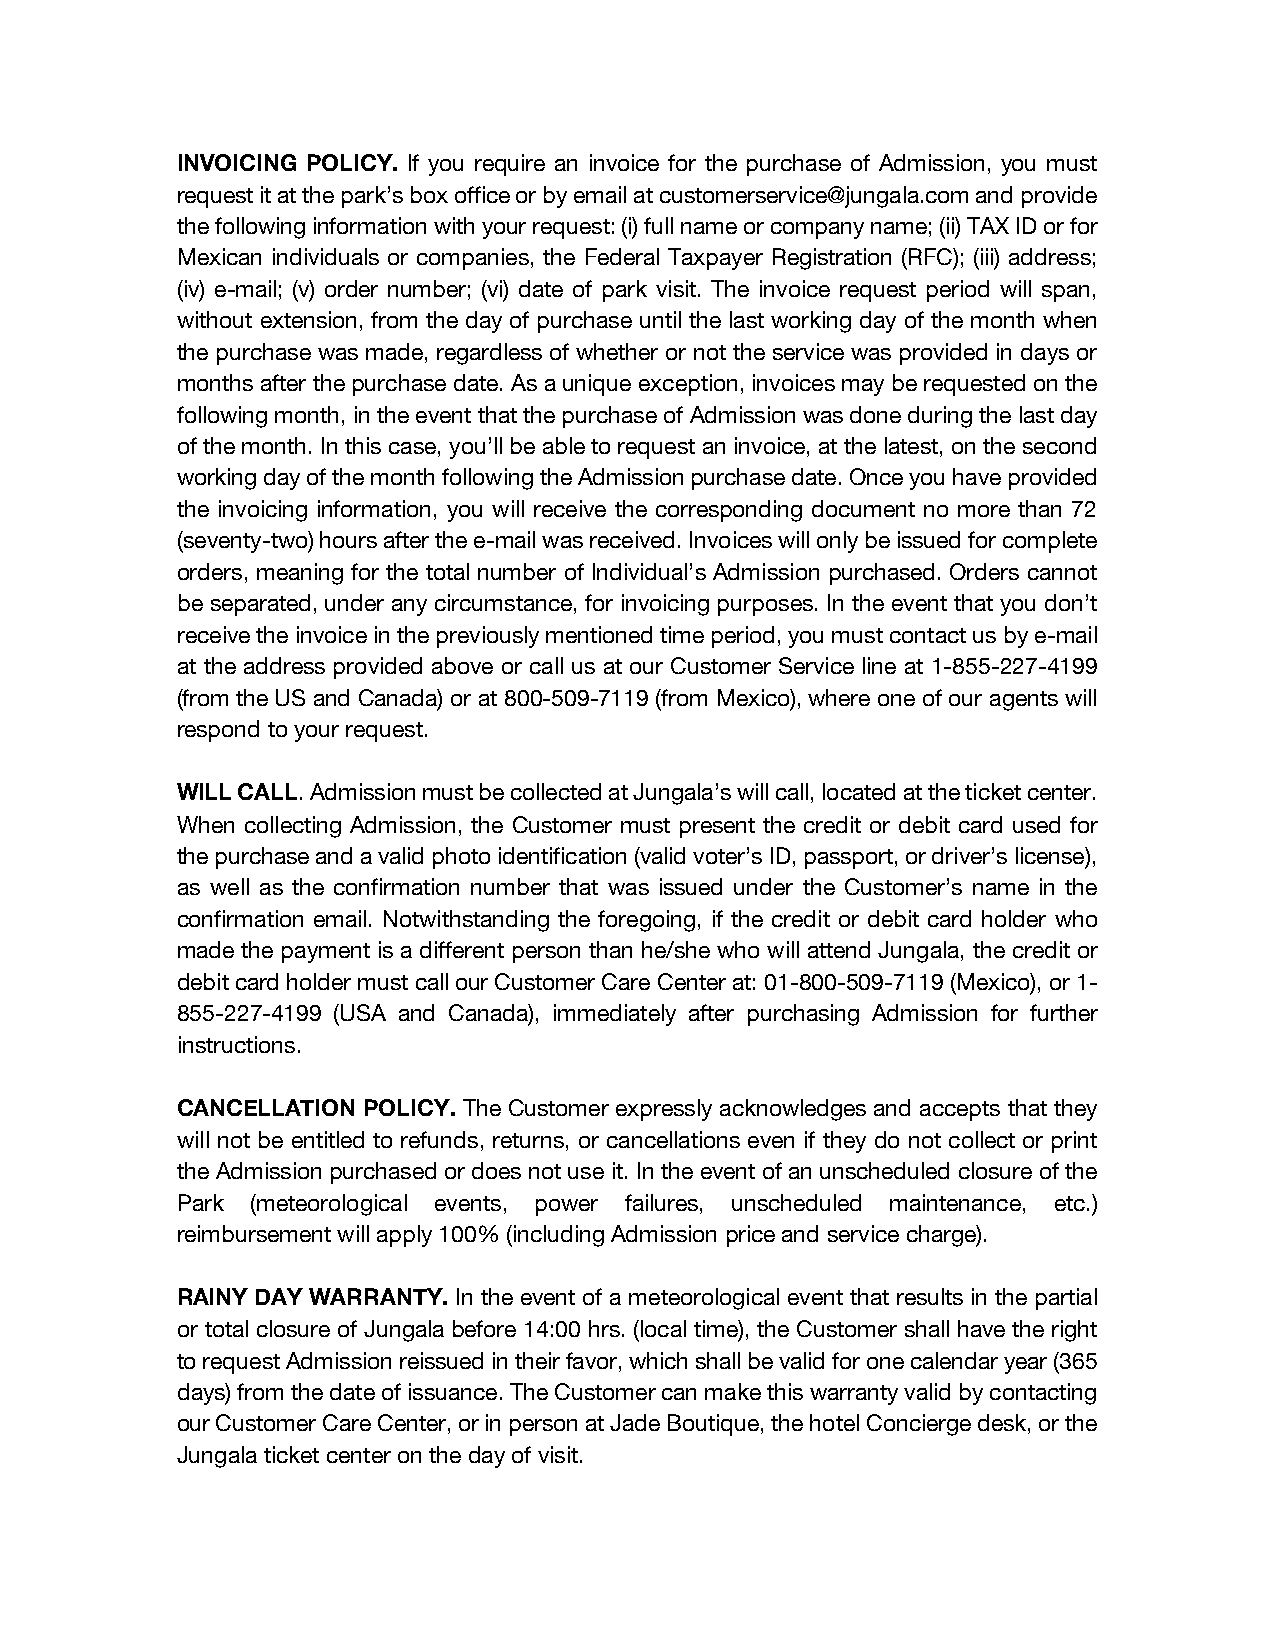
INVOICING POLICY. If you require an invoice for the purchase of Admission, you must
 request it at the park’s box office or by email at customerservice@jungala.com and provide
 the following information with your request: (i) full name or company name; (ii) TAX ID or for
 Mexican individuals or companies, the Federal Taxpayer Registration (RFC); (iii) address;
 (iv) e-mail; (v) order number; (vi) date of park visit. The invoice request period will span,
 without extension, from the day of purchase until the last working day of the month when
 the purchase was made, regardless of whether or not the service was provided in days or
 months after the purchase date. As a unique exception, invoices may be requested on the
 following month, in the event that the purchase of Admission was done during the last day
 of the month. In this case, you’ll be able to request an invoice, at the latest, on the second
 working day of the month following the Admission purchase date. Once you have provided
 the invoicing information, you will receive the corresponding document no more than 72
 (seventy-two) hours after the e-mail was received. Invoices will only be issued for complete
 orders, meaning for the total number of Individual’s Admission purchased. Orders cannot
 be separated, under any circumstance, for invoicing purposes. In the event that you don’t
 receive the invoice in the previously mentioned time period, you must contact us by e-mail
 at the address provided above or call us at our Customer Service line at 1-855-227-4199
 (from the US and Canada) or at 800-509-7119 (from Mexico), where one of our agents will
 respond to your request.
 WILL CALL. Admission must be collected at Jungala’s will call, located at the ticket center.
 When collecting Admission, the Customer must present the credit or debit card used for
 the purchase and a valid photo identification (valid voter’s ID, passport, or driver’s license),
 as well as the confirmation number that was issued under the Customer’s name in the
 confirmation email. Notwithstanding the foregoing, if the credit or debit card holder who
 made the payment is a different person than he/she who will attend Jungala, the credit or
 debit card holder must call our Customer Care Center at: 01-800-509-7119 (Mexico), or 1-
 855-227-4199 (USA and Canada), immediately after purchasing Admission for further
 instructions.
 CANCELLATION POLICY. The Customer expressly acknowledges and accepts that they
 will not be entitled to refunds, returns, or cancellations even if they do not collect or print
 the Admission purchased or does not use it. In the event of an unscheduled closure of the
 Park (meteorological events, power failures, unscheduled maintenance, etc.)
 reimbursement will apply 100% (including Admission price and service charge).
 RAINY DAY WARRANTY. In the event of a meteorological event that results in the partial
 or total closure of Jungala before 14:00 hrs. (local time), the Customer shall have the right
 to request Admission reissued in their favor, which shall be valid for one calendar year (365
 days) from the date of issuance. The Customer can make this warranty valid by contacting
 our Customer Care Center, or in person at Jade Boutique, the hotel Concierge desk, or the
 Jungala ticket center on the day of visit.